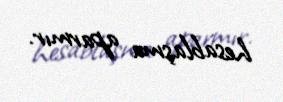
hesablaşma aparmır.